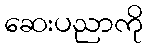
ဆေးပညာကို